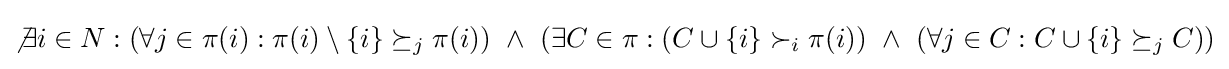
\not \exists i\in N:(\forall j\in \pi (i):\pi (i)\setminus \{i\}\succeq _{j}\pi (i))~\land ~(\exists C\in \pi :(C\cup \{i\}\succ _{i}\pi (i))~\land ~(\forall j\in C:C\cup \{i\}\succeq _{j}C))